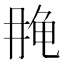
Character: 𱍄